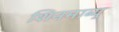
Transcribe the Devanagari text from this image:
शिनमाब्यु